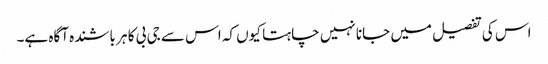
اس کی تفصیل میں جانا نہیں چاہتا کیوں کہ اس سے جی بی کا ہر باشندہ آگاہ ہے۔